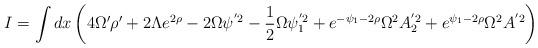
LaTeX: \begin{align*}I=\int dx \left( 4\Omega' \rho' +2\Lambda e^{2\rho} -2\Omega \psi^{'2}-\frac{1}{2}\Omega \psi_1^{'2}+e^{-\psi_1-2\rho}\Omega^2 A_2^{'2}+e^{\psi_1-2\rho}\Omega^2 A^{'2} \right)\end{align*}